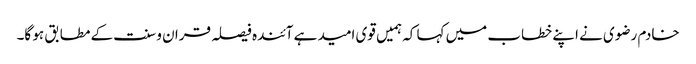
خادم رضوی نے اپنے خطاب میں کہا کہ ہمیں قوی امید ہے آئندہ فیصلہ قران و سنت کے مطابق ہو گا۔